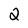
Character: 2